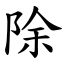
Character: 除